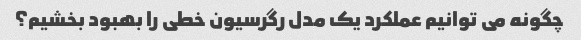
چگونه می توانیم عملکرد یک مدل رگرسیون خطی را بهبود بخشیم؟